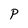
Character: P